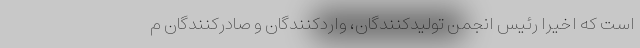
است که اخیرا رئیس انجمن تولیدکنندگان، واردکنندگان و صادرکنندگان م